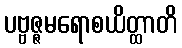
ပဗ္ဗဇ္ဇမရောစယိတ္ထာတိ